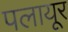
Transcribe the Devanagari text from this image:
पलायूर